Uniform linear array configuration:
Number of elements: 48
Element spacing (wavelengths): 0.75
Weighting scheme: hamming
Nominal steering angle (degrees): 60
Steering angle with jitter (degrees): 61.189
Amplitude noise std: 0.05
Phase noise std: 0.05

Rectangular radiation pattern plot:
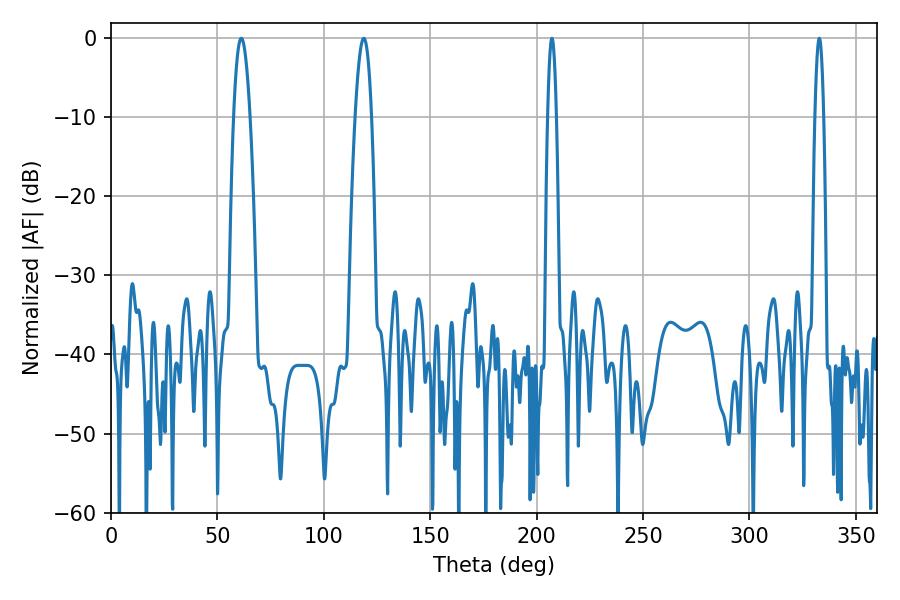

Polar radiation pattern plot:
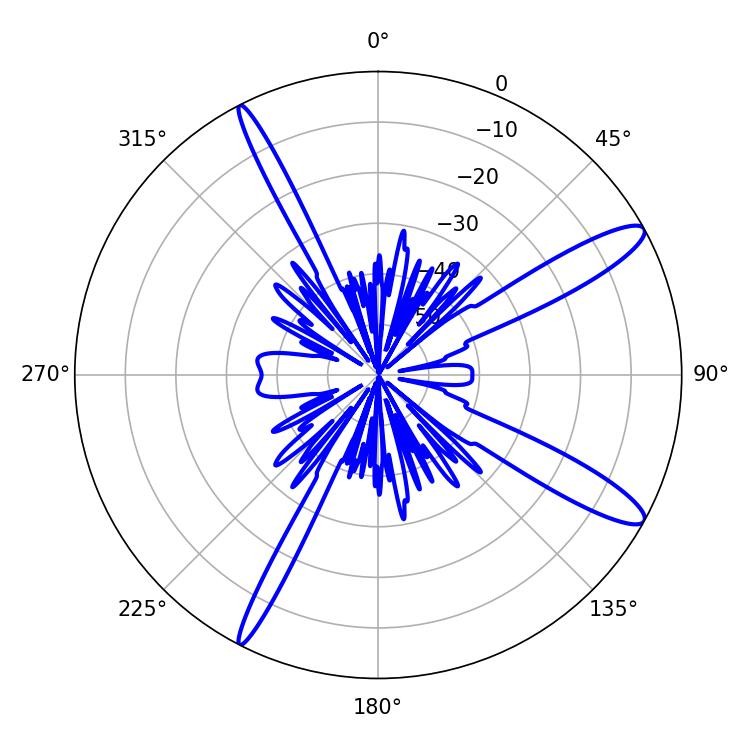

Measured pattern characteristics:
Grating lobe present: TRUE
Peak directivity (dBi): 12.947
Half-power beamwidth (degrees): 2.16
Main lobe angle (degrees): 207.18